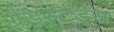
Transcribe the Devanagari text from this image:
ग्रैंडस्टैंड्स